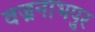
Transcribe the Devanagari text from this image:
वज्रनाभपुर